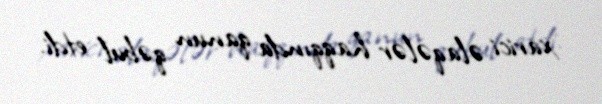
xarici əlaqələr haqqında qanun qəbul etdi.